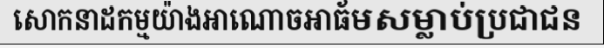
សោកនាដកម្មយ៉ាងអាណោចអាធ័មសម្លាប់ប្រជាជន